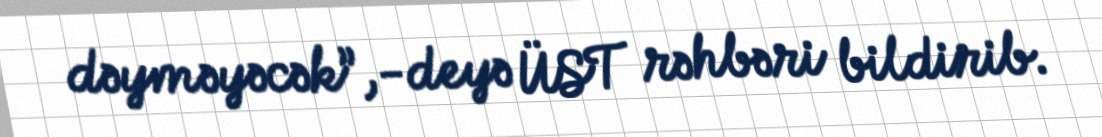
dəyməyəcək”,-deyə ÜST rəhbəri bildirib.